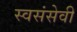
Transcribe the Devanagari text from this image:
स्वसंसेवी